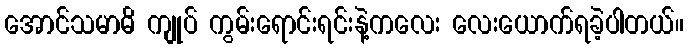
အောင်သမာဓိ ကျုပ် ကွမ်းရောင်းရင်းနဲ့ကလေး လေးယောက်ရခဲ့ပါတယ်။